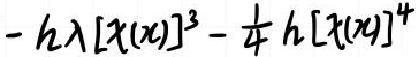
\(- h\lambda [\tau(x)]^{3}-\frac{1}{4}h [\tau(x)]^{4}\)